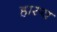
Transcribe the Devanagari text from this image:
हास्‍य